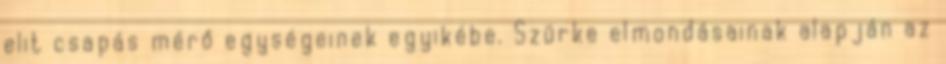
elit csapás mérő egységeinek egyikébe. Szürke elmondásainak alapján az